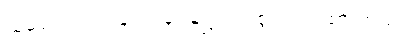
သူမရဲ့ လက်ချောင်းမှာ ရွှေလက်စွပ် ဝတ်ထားတယ်။